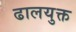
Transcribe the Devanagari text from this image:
ढालयुक्त